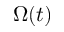
\Omega ( t )